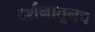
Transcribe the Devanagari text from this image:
दर्शनातूनच